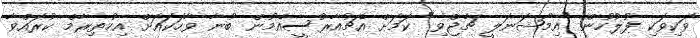
ވަކިވަކި ފުލުހުން "އިމޯޝަނަލީ ޗާޖްވި" ކަމަށް އެޗުއާރުސީއެމުން ބުނާ ވާހަކައަށް އިހުތިރާމް ކުރައްވާ